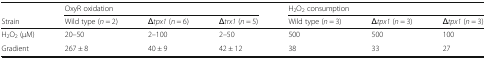
<table><thead><tr><td></td><td colspan="3"><b>OxyR oxidation</b></td><td colspan="3"><b>H<sub>2</sub>O<sub>2</sub> consumption</b></td></tr><tr><td><b>Strain</b></td><td><b>Wild type (<i>n</i> = 2)</b></td><td><b><i>Δtpx1</i> (<i>n</i> = 6)</b></td><td><b><i>Δtrx1</i> (<i>n</i> = 5)</b></td><td><b>Wild type (<i>n</i> = 3)</b></td><td><b><i>Δtpx1</i> (<i>n</i> = 3)</b></td><td><b><i>Δtpx1</i> (<i>n</i> = 3)</b></td></tr></thead><tbody><tr><td>H<sub>2</sub>O<sub>2</sub> (μM)</td><td>20–50</td><td>2–100</td><td>2–50</td><td>500</td><td>500</td><td>100</td></tr><tr><td>Gradient</td><td>267 ± 8</td><td>40 ± 9</td><td>42 ± 12</td><td>38</td><td>33</td><td>27</td></tr></tbody></table>